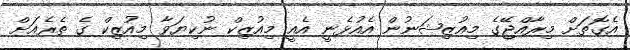
އެގޮތަށް މިރާއްޖޭގެ މިއުޒިޝަނުން އެއުޅެނީ އެއީ މިއުޒިކް ނުކިޔަވާ މިއުޒިކް ގެ ތެރެއަށް